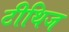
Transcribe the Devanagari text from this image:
टीथिज